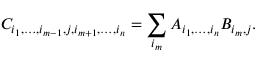
C _ { i _ { 1 } , \ldots , i _ { m - 1 } , j , i _ { m + 1 } , \ldots , i _ { n } } = \sum _ { i _ { m } } A _ { i _ { 1 } , \ldots , i _ { n } } B _ { i _ { m } , j } .